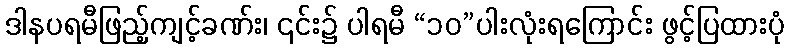
ဒါနပရမီဖြည့်ကျင့်ခဏ်း၊ ၎င်း၌ ပါရမီ “၁၀”ပါးလုံးရကြောင်း ဖွင့်ပြထားပုံ